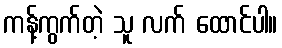
ကန့်ကွက်တဲ့ သူ လက် ထောင်ပါ။